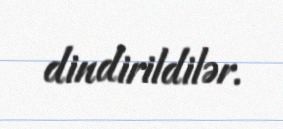
dindirildilər.